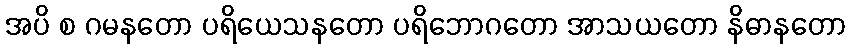
အပိ စ ဂမနတော ပရိယေသနတော ပရိဘောဂတော အာသယတော နိဓာနတော